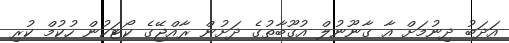
އަދަބު ދިނުމަށް އާ ގާނޫނުލް އުގޫބާތުގެ ދަށުން ރާއްޖޭގެ ކޯޓަކުން ހުކުމް ކުރި